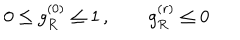
LaTeX: 0 \leq g _ { R } ^ { ( 0 ) } \leq 1 \, , \qquad g _ { R } ^ { ( r ) } \leq 0